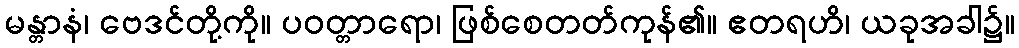
မန္တာနံ၊ ဗေဒင်တို့ကို။ ပဝတ္တာရော၊ ဖြစ်စေတတ်ကုန်၏။ ဧတရဟိ၊ ယခုအခါ၌။